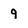
Character: 9